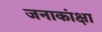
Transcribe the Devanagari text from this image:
जनाकांक्षा